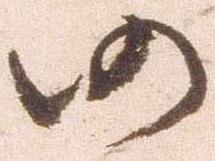
仍